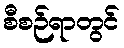
စီစဉ်ရာတွင်